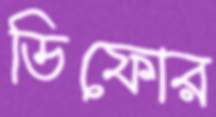
ডিফোর